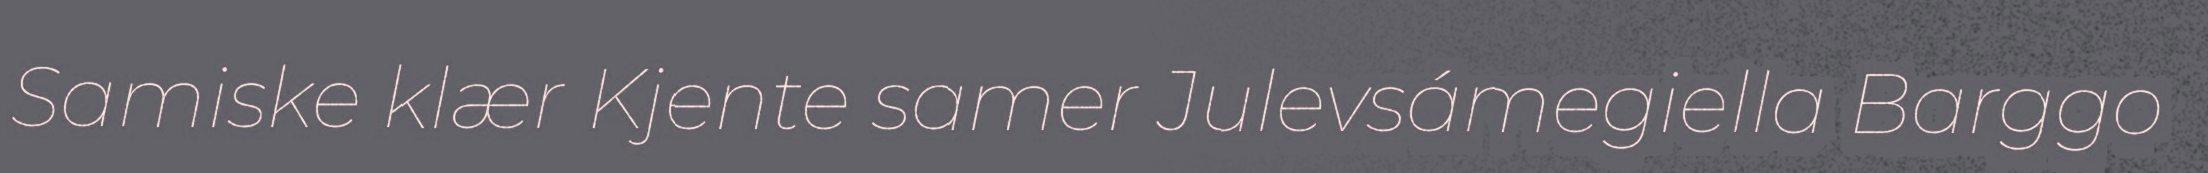
Samiske klær Kjente samer Julevsámegiella Barggo